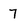
Character: 7